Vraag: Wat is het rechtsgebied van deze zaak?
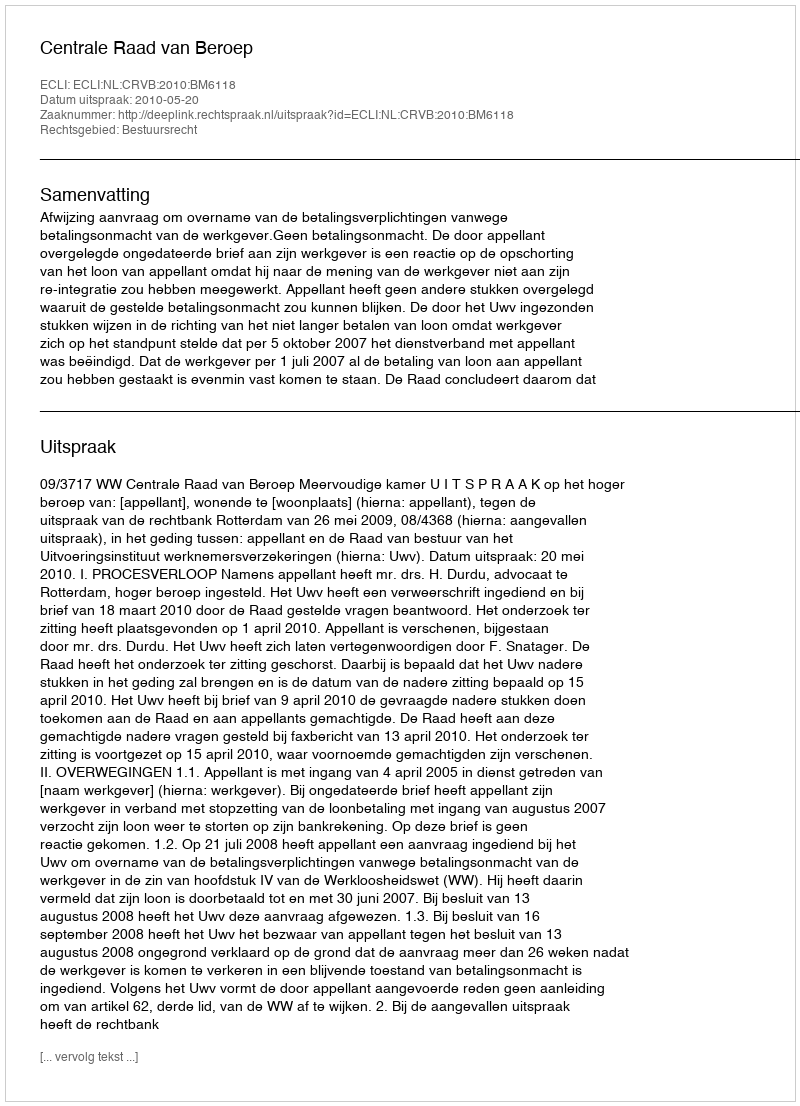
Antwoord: Bestuursrecht